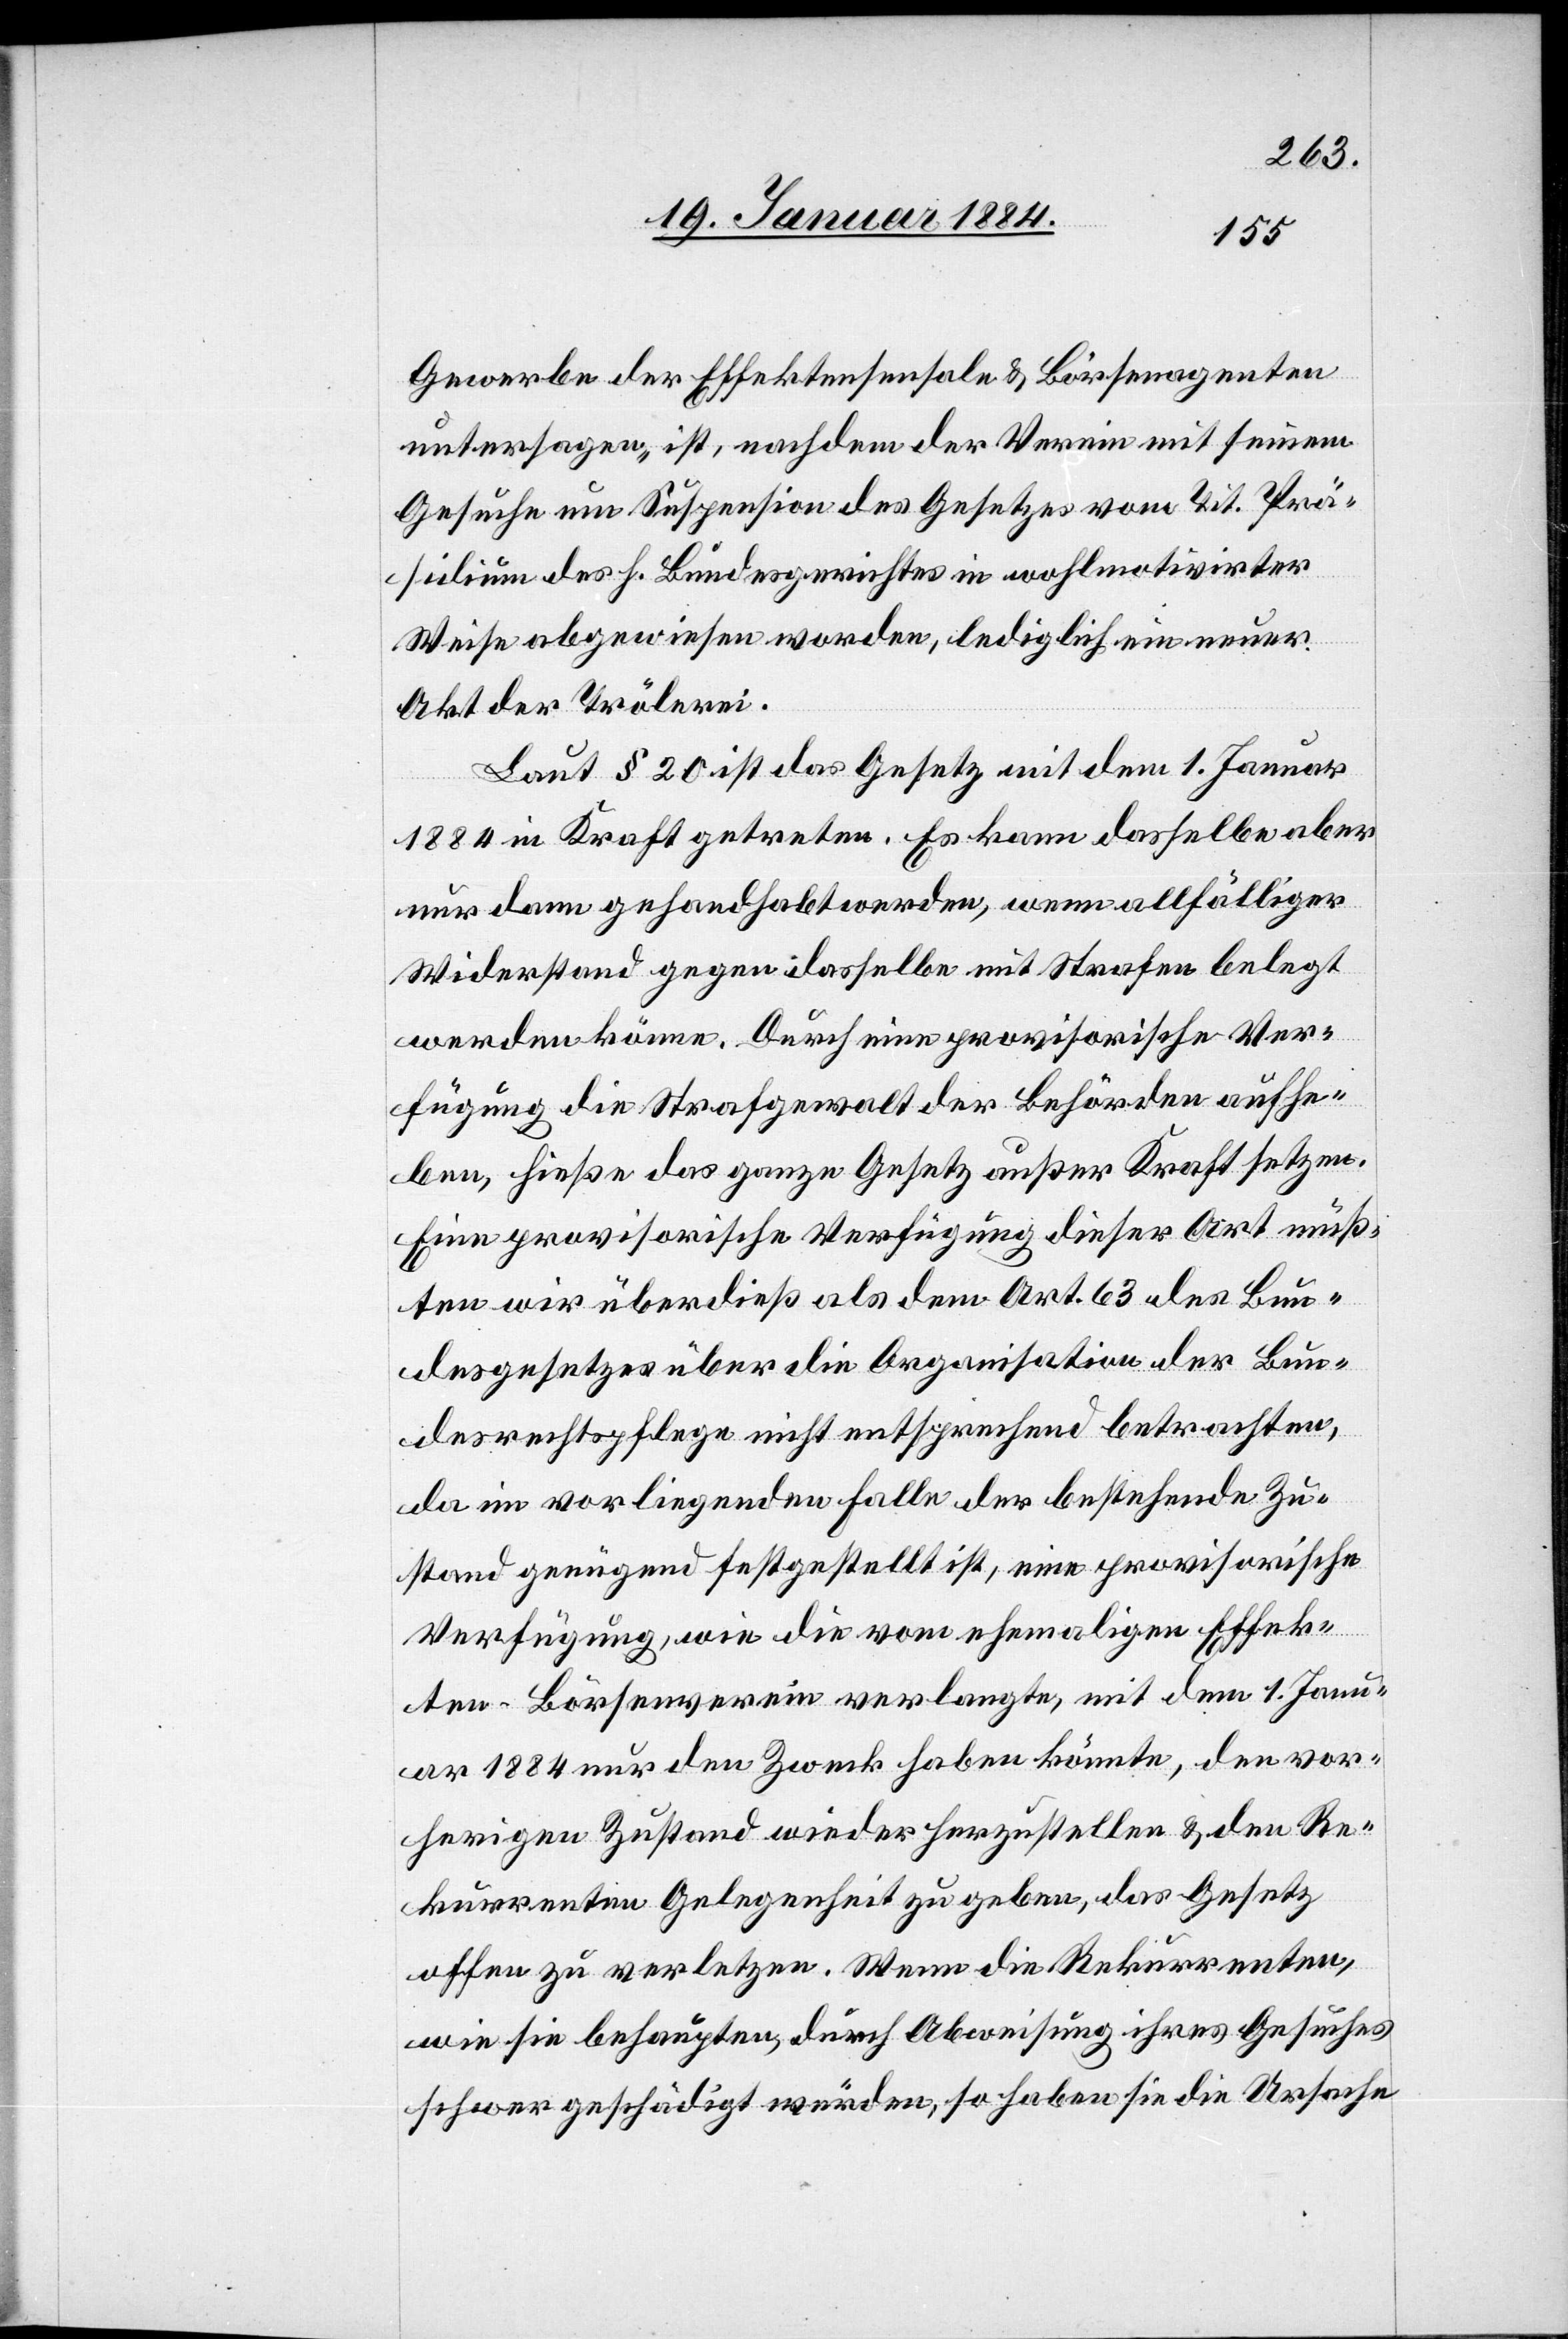
Gewerbe der Effektensensale & Börsenagenten
untersagen, ist, nachdem der Verein mit seinem
Gesuche um Suspension des Gesetzes vom Tit. Prä¬
sidium des h. Bundesgerichtes in wohlmotivirter
Weise abgewiesen worden, lediglich ein neuer
Akt der Trölerei.
Laut § 20 ist das Gesetz mit dem 1. Januar
1883 in Kraft getreten. Es kann dasselbe aber
nur dann gehandhabt werden, wenn allfälliger
Widerstand gegen dasselbe mit Strafen belegt
werden könne. Durch eine provisorische Ver¬
fügung die Strafgewalt der Behörden aufhe¬
ben, hieße das ganze Gesetz außer Kraft setzen.
Eine provisorische Verfügung dieser Art müß¬
ten wir überdieß als dem Art. 63 des Bun¬
desgesetzes über die Organisation der Bun¬
desrechtspflege nicht entsprechend betrachten,
da im vorliegenden Falle der bestehende Zu¬
stand genügend festgestellt ist, eine provisorische
Verfügung, wie die vom ehemaligen Effek¬
ten-Börsenverein verlangte, mit dem 1. Janu¬
ar 1884 nur den Zweck haben könnte, den vor¬
herigen Zustand wieder herzustellen & den Re¬
kurrenten Gelegenheit zu geben, das Gesetz
offen zu verletzten. Wenn die Rekurrenten,
wie sie behaupten, durch Abweisung ihres Gesuches
schwer geschädigt würden, so haben sie die Ursache